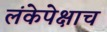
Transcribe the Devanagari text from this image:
लंकेपेक्षाच